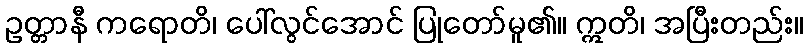
ဥတ္တာနီ ကရောတိ၊ ပေါ်လွင်အောင် ပြုတော်မူ၏။ ဣတိ၊ အပြီးတည်း။